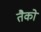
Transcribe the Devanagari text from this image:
तैको